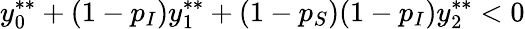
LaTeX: y_{0}^{**}+(1-p_{I})y_{1}^{**}+(1-p_{S})(1-p_{I})y_{2}^{**}<0